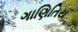
ગાણિતિય